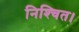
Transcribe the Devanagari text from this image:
निश्‍चित।